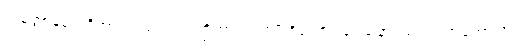
သမ္ပတ္တာနမ္ပိ၊ တို့အားလည်း။ သာတ္ထိကာ၊ အကျိုးရှိသော။ ဒေသနာ၊ သည်။ အဟောသိ၊